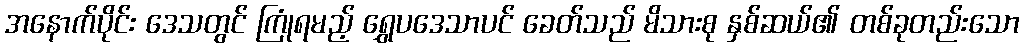
အနောက်ပိုင်း ဒေသတွင် ကြုံရမည့် ရွှေပဒေသာပင် ခေတ်သည် မိသားစု နှစ်ဆယ်၏ တစ်ခုတည်းသော